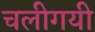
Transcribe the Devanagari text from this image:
चलीगयी